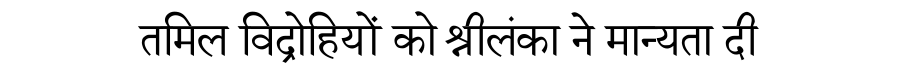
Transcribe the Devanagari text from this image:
तमिल विद्रोहियों को श्रीलंका ने मान्यता दी